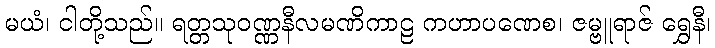
မယံ၊ ငါတို့သည်။ ရတ္တသုဝဏ္ဏနီလမဏိကာဠ ကဟာပဏေစ၊ ဇမ္ဗူရာဇ် ရွှေနီ၊